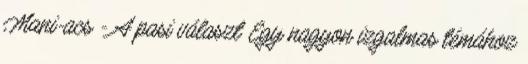
Mani-acs - A pasi választ Egy nagyon izgalmas témához